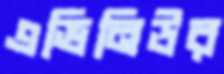
এভিনিউর